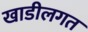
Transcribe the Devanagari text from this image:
खाडीलगत